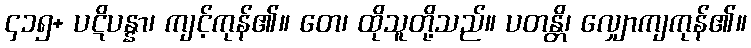
၄၁၅+ ပဋိပန္နာ၊ ကျင့်ကုန်၏။ တေ၊ ထိုသူတို့သည်။ ပတန္တိ၊ လျှောကျကုန်၏။